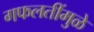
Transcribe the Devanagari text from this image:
गफलतींमुळे